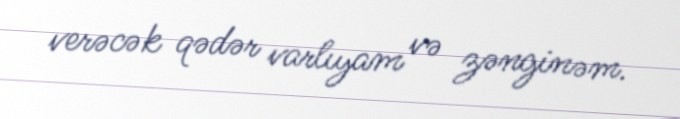
verəcək qədər varlıyam və zənginəm.